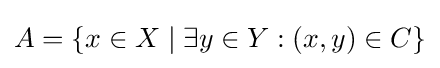
A=\{x\in X\mid \exists y\in Y:(x,y)\in C\}